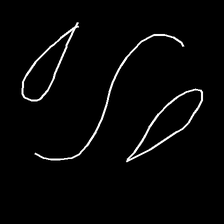
Glyph: water